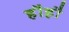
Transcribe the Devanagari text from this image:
हौहौ